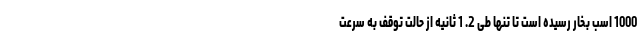
1000 اسب بخار رسیده است تا تنها طی 2. 1 ثانیه از حالت توقف به سرعت